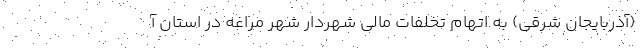
(آذربایجان شرقی) به اتهام تخلفات مالی شهردار شهر مراغه در استان آ